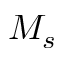
M _ { s }